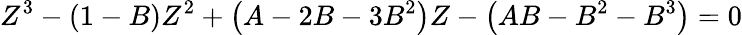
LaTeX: Z^{3}-(1-B)Z^{2}+\left(A-2B-3B^{2}\right)Z-\left(AB-B^{2}-B^{3}\right)=0